Indian journal of veterinary science and animal husbandry - Volume 11,
Year: 1941
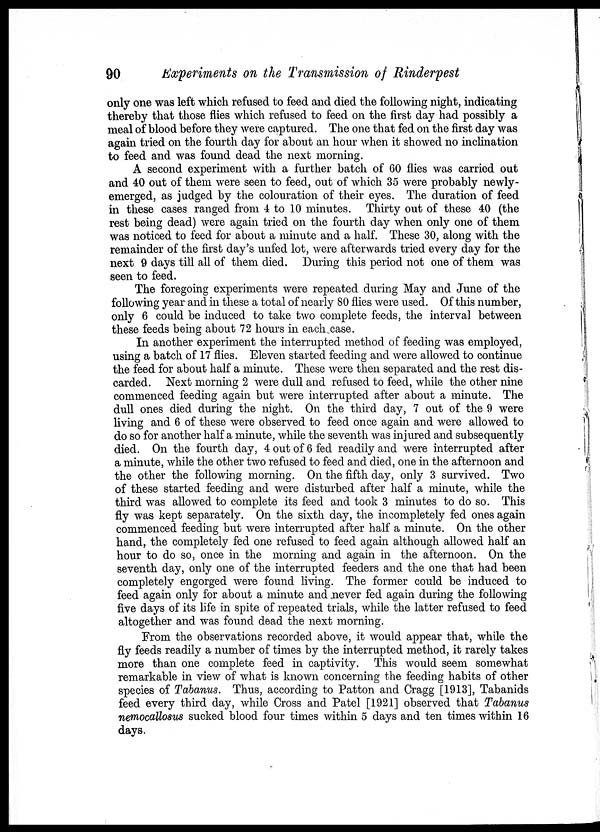
90
Experiments on the Transmission of Rinderpest
only one was left which refused to feed and died the following night, indicating
thereby that those flies which refused to feed on the first day had possibly a
meal of blood before they were captured. The one that fed on the first day was
again tried on the fourth day for about an hour when it showed no inclination
to feed and was found dead the next morning.
A second experiment with a further batch of 60 flies was carried out
and 40 out of them were seen to feed, out of which 35 were probably newly-
emerged, as judged by the colouration of their eyes. The duration of feed
in these cases ranged from 4 to 10 minutes. Thirty out of these 40 (the
rest being dead) were again tried on the fourth day when only one of them
was noticed to feed for about a minute and a half. These 30, along with the
remainder of the first day's unfed lot, were afterwards tried every day for the
next 9 days till all of them died. During this period not one of them was
seen to feed.
The foregoing experiments were repeated during May and June of the
following year and in these a total of nearly 80 flies were used. Of this number,
only 6 could be induced to take two complete feeds, the interval between
these feeds being about 72 hours in each case.
In another experiment the interrupted method of feeding was employed,
using a batch of 17 flies. Eleven started feeding and were allowed to continue
the feed for about half a minute. These were then separated and the rest dis-
carded. Next morning 2 were dull and refused to feed, while the other nine
commenced feeding again but were interrupted after about a minute. The
dull ones died during the night. On the third day, 7 out of the 9 were
living and 6 of these were observed to feed once again and were allowed to
do so for another half a minute, while the seventh was injured and subsequently
died. On the fourth day, 4 out of 6 fed readily and were interrupted after
a minute, while the other two refused to feed and died, one in the afternoon and
the other the following morning. On the fifth day, only 3 survived. Two
of these started feeding and were disturbed after half a minute, while the
third was allowed to complete its feed and took 3 minutes to do so. This
fly was kept separately. On the sixth day, the incompletely fed ones again
commenced feeding but were interrupted after half a minute. On the other
hand, the completely fed one refused to feed again although allowed half an
hour to do so, once in the morning and again in the afternoon. On the
seventh day, only one of the interrupted feeders and the one that had been
completely engorged were found living. The former could be induced to
feed again only for about a minute and never fed again during the following
five days of its life in spite of repeated trials, while the latter refused to feed
altogether and was found dead the next morning.
From the observations recorded above, it would appear that, while the
fly feeds readily a number of times by the interrupted method, it rarely takes
more than one complete feed in captivity. This would seem somewhat
remarkable in view of what is known concerning the feeding habits of other
species of Tabanus. Thus, according to Patton and Cragg [1913], Tabanids
feed every third day, while Cross and Patel [1921] observed that Tabanus
nemocallosus sucked blood four times within 5 days and ten times within 16
days.